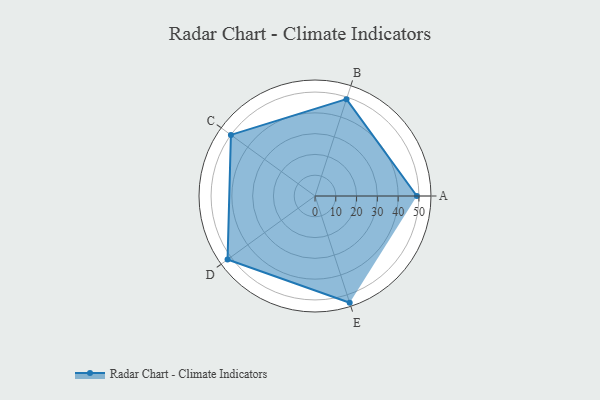
{"axis": {"x": "Skill", "y": "Score"}, "legend": ["Profile"], "data": [{"x": "A", "y": 49.0, "type": "Profile"}, {"x": "B", "y": 49.0, "type": "Profile"}, {"x": "C", "y": 50.0, "type": "Profile"}, {"x": "D", "y": 52.0, "type": "Profile"}, {"x": "E", "y": 54.0, "type": "Profile"}]}